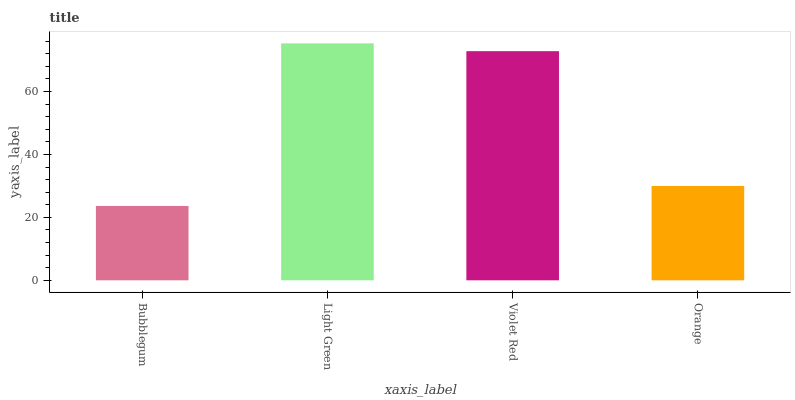
| xaxis_label | bars |
 | --- | --- |
 | Bubblegum | 23.6 |
 | Light Green | 75.3 |
 | Violet Red | 72.8 |
 | Orange | 30 |